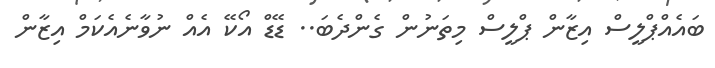
ބައެއްޕްލީސް އިޒާން ޕްލީސް މިތަނުން ގެންދެބަ.. ޑޭޑް އޯކޭ އެއް ނުވާނެއެކަމް އިޒާން